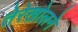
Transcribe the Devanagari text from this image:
तेरेखोलने